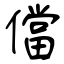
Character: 儅